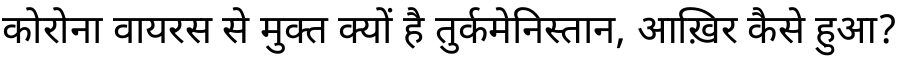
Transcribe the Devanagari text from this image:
कोरोना वायरस से मुक्त क्यों है तुर्कमेनिस्तान, आख़िर कैसे हुआ?